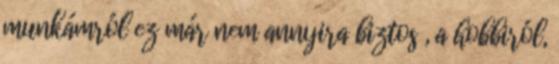
munkámról ez már nem annyira biztos , a hobbiról,